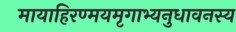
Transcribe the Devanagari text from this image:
मायाहिरण्मयमृगाभ्यनुधावनस्य